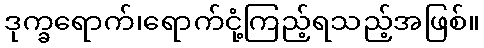
ဒုက္ခရောက်၊ရောက်ငုံ့ကြည့်ရသည့်အဖြစ်။